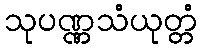
သုပဏ္ဏသံယုတ္တံ